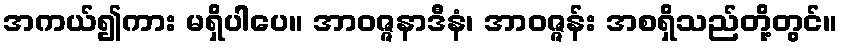
အကယ်၍ကား မရှိပါပေ။ အာဝဇ္ဇနာဒီနံ၊ အာဝဇ္ဇန်း အစရှိသည်တို့တွင်။